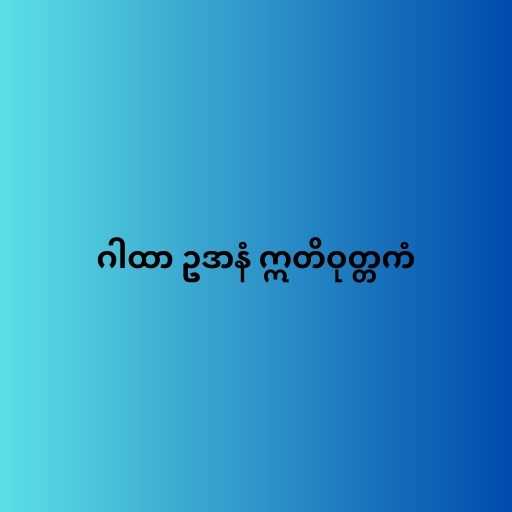
ဂါထာ ဥဒာနံ ဣတိဝုတ္တကံ